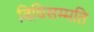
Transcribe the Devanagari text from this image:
विधिसम्मति